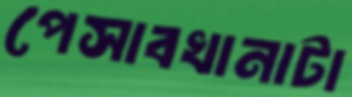
পেসাবখানাটা